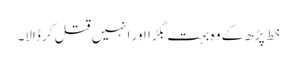
خط پڑھ کے وہ بہت بگڑا اور انہیں قتل کر ڈالا۔